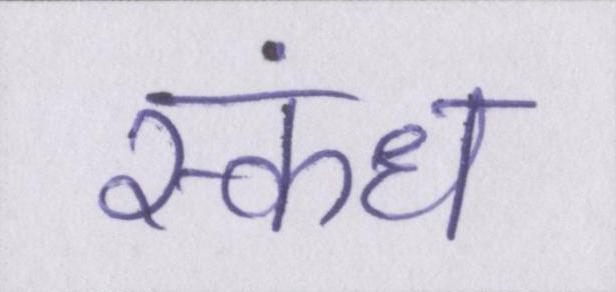
स्कंध